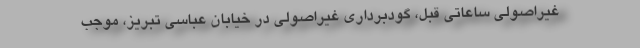
غیراصولی ساعاتی قبل، گودبرداری غیراصولی در خیابان عباسی تبریز، موجب